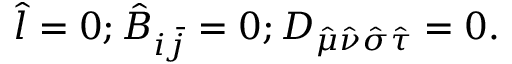
\hat { l } = 0 ; \hat { B } _ { i \bar { j } } = 0 ; D _ { \hat { \mu } \hat { \nu } \hat { \sigma } \hat { \tau } } = 0 .